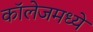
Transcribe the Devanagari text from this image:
कॉलेजमध्‍ये